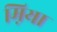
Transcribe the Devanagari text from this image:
म़िया